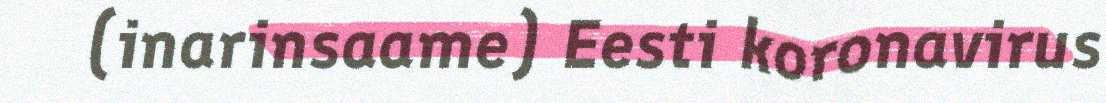
(inarinsaame) Eesti koronavirus